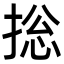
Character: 捴